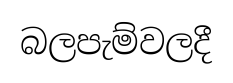
බලපැම්වලදී